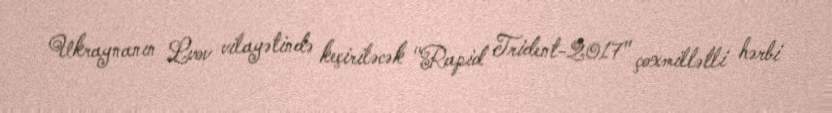
Ukraynanın Lvov vilayətində keçiriləcək "Rapid Trident-2017" çoxmillətli hərbi